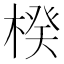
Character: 楑